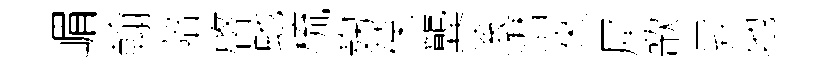
嵋翰陪啓虵梳麹葆龔滚潜來犀歌昇地